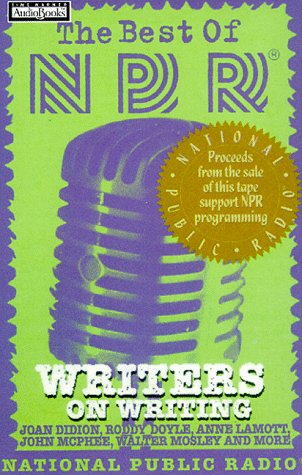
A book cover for The Best of NPR: Writers on Writing; National Public Radio; Humor & Entertainment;